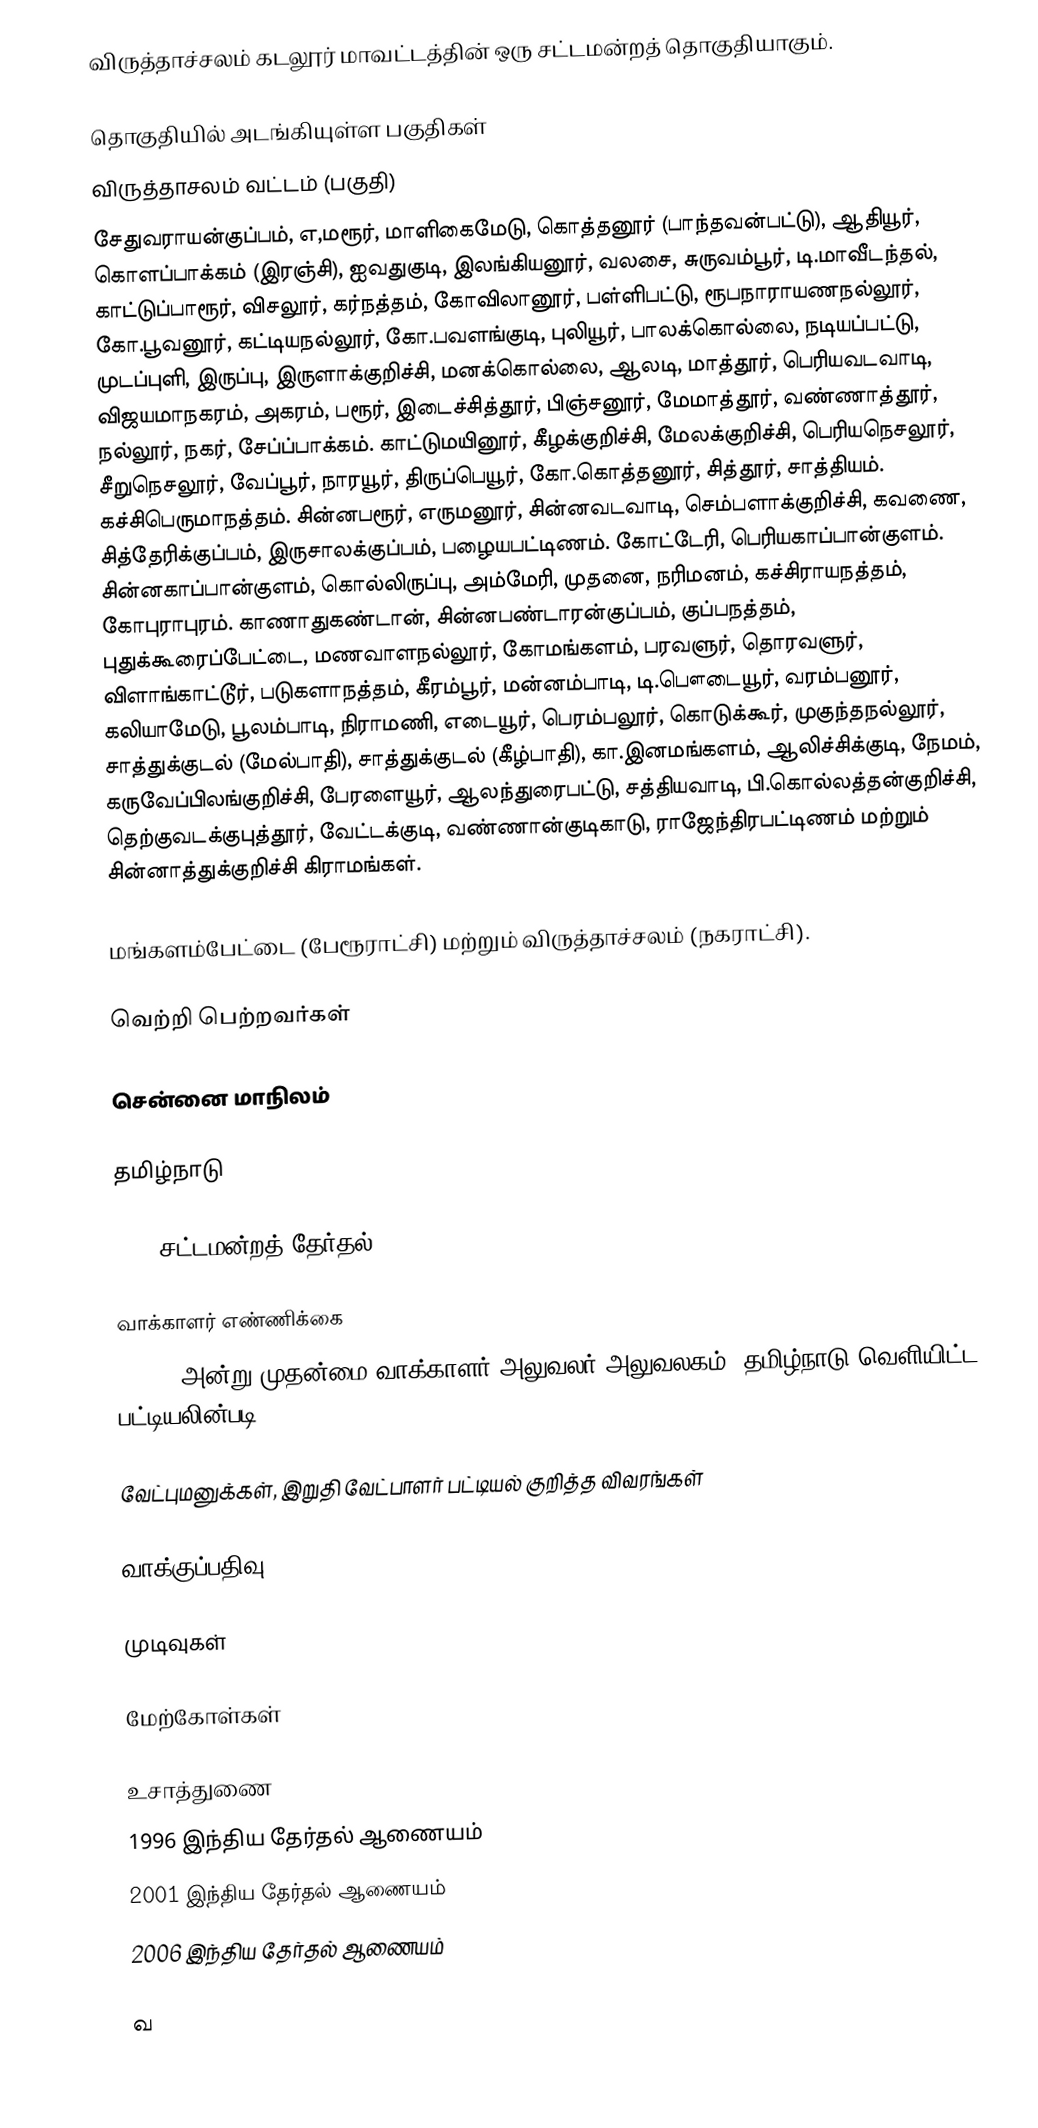
விருத்தாச்சலம் கடலூர் மாவட்டத்தின் ஒரு சட்டமன்றத் தொகுதியாகும்.

தொகுதியில் அடங்கியுள்ள பகுதிகள்
விருத்தாசலம் வட்டம் (பகுதி)
சேதுவராயன்குப்பம், எ,மரூர், மாளிகைமேடு, கொத்தனூர் (பாந்தவன்பட்டு), ஆதியூர், கொளப்பாக்கம் (இரஞ்சி), ஐவதுகுடி, இலங்கியனூர், வலசை, சுருவம்பூர், டி.மாவீடந்தல், காட்டுப்பாரூர், விசலூர், கர்நத்தம், கோவிலானூர், பள்ளிபட்டு, ரூபநாராயணநல்லூர், கோ.பூவனூர், கட்டியநல்லூர், கோ.பவளங்குடி, புலியூர், பாலக்கொல்லை, நடியப்பட்டு, முடப்புளி, இருப்பு, இருளாக்குறிச்சி, மனக்கொல்லை, ஆலடி, மாத்தூர், பெரியவடவாடி, விஜயமாநகரம், அகரம், பரூர், இடைச்சித்தூர், பிஞ்சனூர், மேமாத்தூர், வண்ணாத்தூர், நல்லூர், நகர், சேப்ப்பாக்கம். காட்டுமயினூர், கீழக்குறிச்சி, மேலக்குறிச்சி, பெரியநெசலூர், சீறுநெசலூர், வேப்பூர், நாரயூர், திருப்பெயூர், கோ.கொத்தனூர், சித்தூர், சாத்தியம். கச்சிபெருமாநத்தம். சின்னபரூர், எருமனூர், சின்னவடவாடி, செம்பளாக்குறிச்சி, கவணை, சித்தேரிக்குப்பம், இருசாலக்குப்பம், பழையபட்டிணம். கோட்டேரி, பெரியகாப்பான்குளம். சின்னகாப்பான்குளம், கொல்லிருப்பு, அம்மேரி, முதனை, நரிமனம், கச்சிராயநத்தம், கோபுராபுரம். காணாதுகண்டான், சின்னபண்டாரன்குப்பம், குப்பநத்தம், புதுக்கூரைப்பேட்டை, மணவாளநல்லூர், கோமங்களம், பரவளுர், தொரவளுர், விளாங்காட்டூர், படுகளாநத்தம், கீரம்பூர், மன்னம்பாடி, டி.பௌடையூர், வரம்பனூர், கலியாமேடு, பூலம்பாடி, நிராமணி, எடையூர், பெரம்பலூர், கொடுக்கூர், முகுந்தநல்லூர், சாத்துக்குடல் (மேல்பாதி), சாத்துக்குடல் (கீழ்பாதி), கா.இனமங்களம், ஆலிச்சிக்குடி, நேமம், கருவேப்பிலங்குறிச்சி, பேரளையூர், ஆலந்துரைபட்டு, சத்தியவாடி, பி.கொல்லத்தன்குறிச்சி, தெற்குவடக்குபுத்தூர், வேட்டக்குடி, வண்ணான்குடிகாடு, ராஜேந்திரபட்டிணம் மற்றும் சின்னாத்துக்குறிச்சி கிராமங்கள்.

மங்களம்பேட்டை (பேரூராட்சி) மற்றும் விருத்தாச்சலம் (நகராட்சி).

வெற்றி பெற்றவர்கள்

சென்னை மாநிலம்

தமிழ்நாடு

2016 சட்டமன்றத் தேர்தல்

வாக்காளர் எண்ணிக்கை
, 2016 அன்று முதன்மை வாக்காளர் அலுவலர் அலுவலகம், தமிழ்நாடு வெளியிட்ட பட்டியலின்படி,

வேட்புமனுக்கள், இறுதி வேட்பாளர் பட்டியல் குறித்த விவரங்கள்

வாக்குப்பதிவு

முடிவுகள்

மேற்கோள்கள்

உசாத்துணை
1996 இந்திய தேர்தல் ஆணையம்
2001 இந்திய தேர்தல் ஆணையம்
2006 இந்திய தேர்தல் ஆணையம்

வ